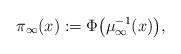
LaTeX: \begin{align*}\pi_\infty(x):= \Phi\bigl(\mu_\infty^{-1}(x)\bigr),\end{align*}